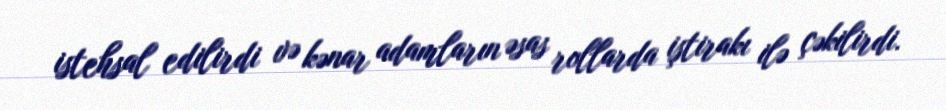
istehsal edilirdi və kənar adamların əsas rollarda iştirakı ilə çəkilirdi.